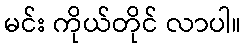
မင်း ကိုယ်တိုင် လာပါ။